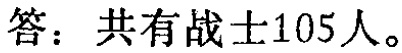
答：共有战士105人。